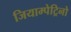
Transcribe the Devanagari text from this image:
जियाम्पेट्रिनो